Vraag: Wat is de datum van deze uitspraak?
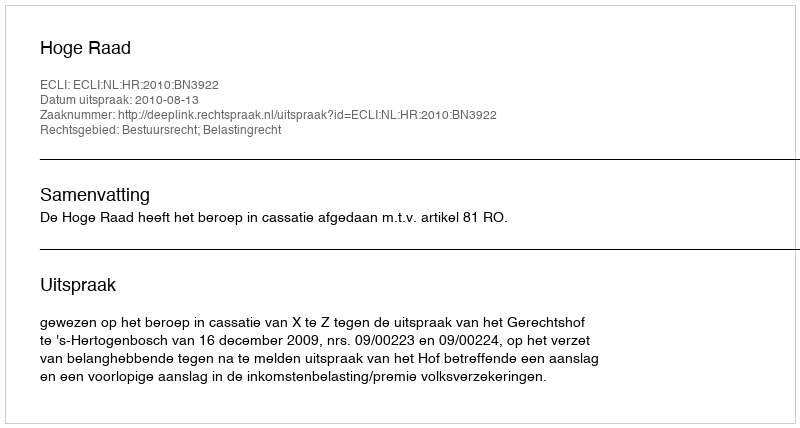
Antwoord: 2010-08-13